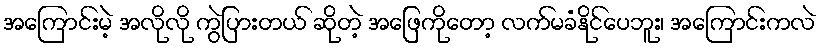
အကြောင်းမဲ့ အလိုလို ကွဲပြားတယ် ဆိုတဲ့ အဖြေကိုတော့ လက်မခံနိုင်ပေဘူး၊ အကြောင်းကလဲ